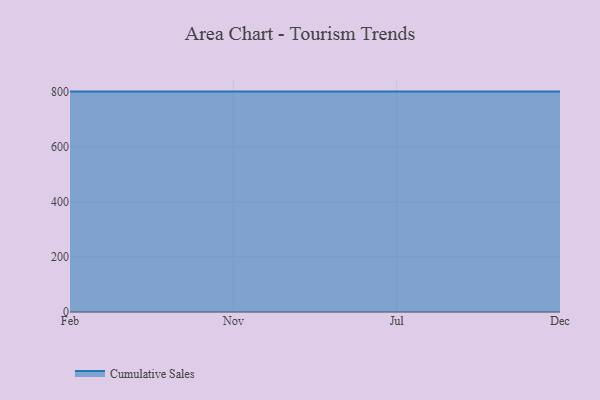
{"axis": {"x": "Month", "y": "Net Income (USD K)"}, "legend": ["Cumulative Sales"], "data": [{"x": "Feb", "y": 800, "type": "Cumulative Sales"}, {"x": "Nov", "y": 800, "type": "Cumulative Sales"}, {"x": "Jul", "y": 800, "type": "Cumulative Sales"}, {"x": "Dec", "y": 800, "type": "Cumulative Sales"}]}